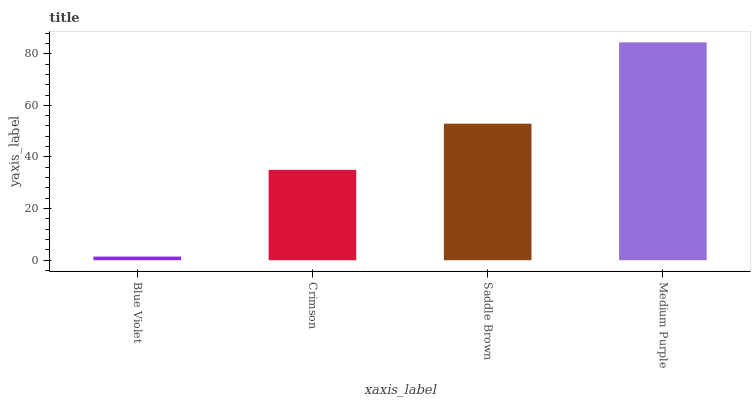
| xaxis_label | bars |
 | --- | --- |
 | Blue Violet | 1.42 |
 | Crimson | 35 |
 | Saddle Brown | 52.9 |
 | Medium Purple | 84.4 |